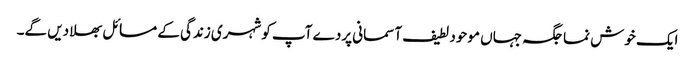
ایک خوش نما جگہ جہاں موحود لطیف آسمانی پردے آپ کو شہری زندگی کے مسائل بھلا دیں گے۔